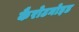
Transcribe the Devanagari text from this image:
कैरोटनोइड